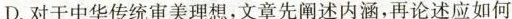
D.对于中华传统审美理想,文章先阐述内涵,再论述应如何